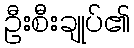
ဦးစီးချုပ်၏